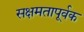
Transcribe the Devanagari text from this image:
सक्षमतापूर्वक